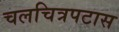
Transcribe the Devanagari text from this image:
चलचित्रपटास